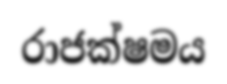
රාජක්ෂමය